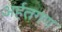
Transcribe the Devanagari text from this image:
अर्हतगण